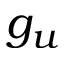
g _ { u }